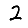
Digit: 2